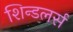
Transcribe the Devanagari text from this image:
शिन्डलर्स